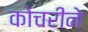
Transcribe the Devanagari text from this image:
कोचरीने